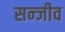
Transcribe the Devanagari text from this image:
सन्जीव